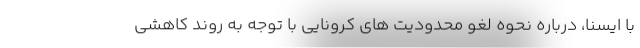
با ایسنا، درباره نحوه لغو محدودیت های کرونایی با توجه به روند کاهشی